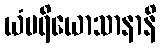
ယံပရိယောသာနာနိ